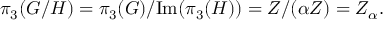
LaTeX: \pi _ { 3 } ( G / H ) = \pi _ { 3 } ( G ) / \mathrm { I m } ( \pi _ { 3 } ( H ) ) = Z / ( \alpha Z ) = Z _ { \alpha } .